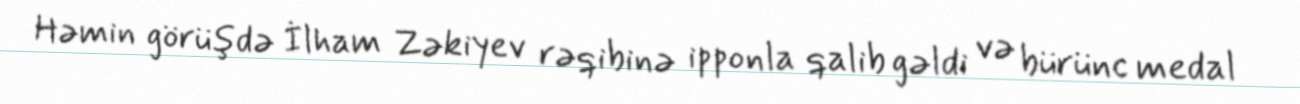
Həmin görüşdə İlham Zəkiyev rəqibinə ipponla qalib gəldi və bürünc medal